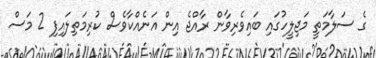
ގެ ސަލާމަތީ މަޖިލީހުގައި ބައިވެރިވާން ރާއްޖެ އިން އަނެއްކާވެސް ކުރިމަތިލައިފި 2 މަސް